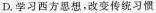
D.学习西方思想，改变传统习惯